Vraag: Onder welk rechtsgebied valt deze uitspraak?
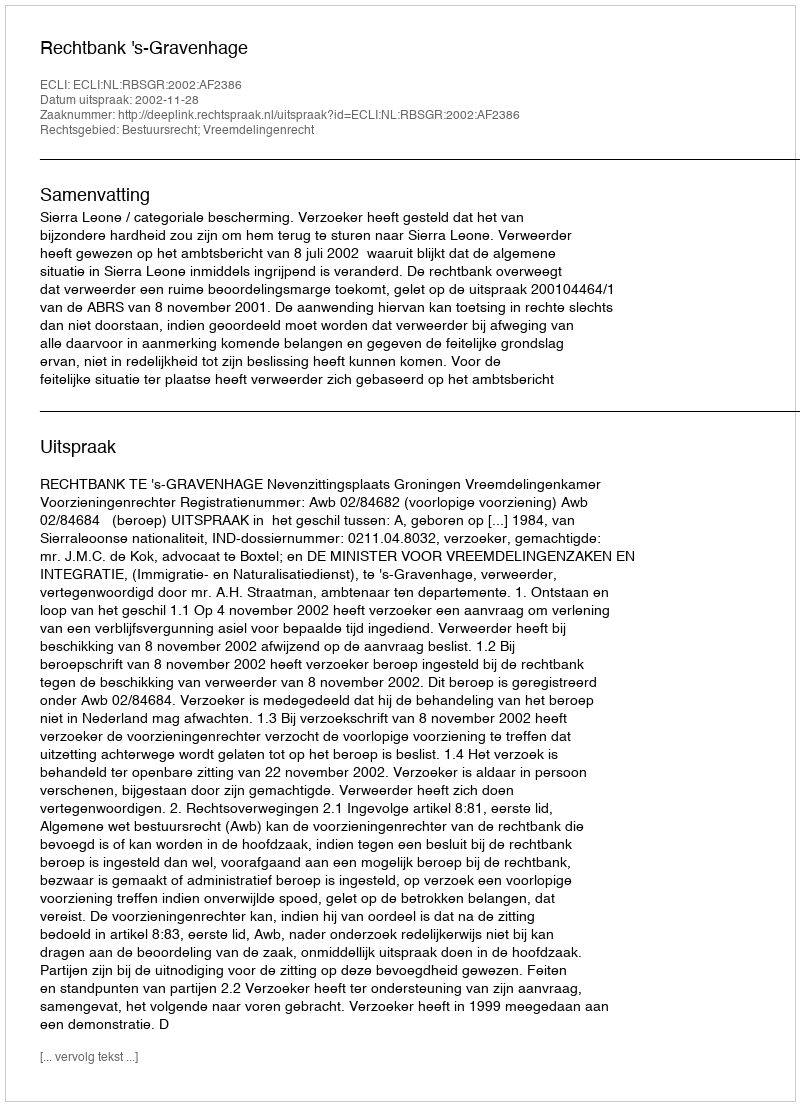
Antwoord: Bestuursrecht; Vreemdelingenrecht